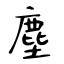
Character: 塵